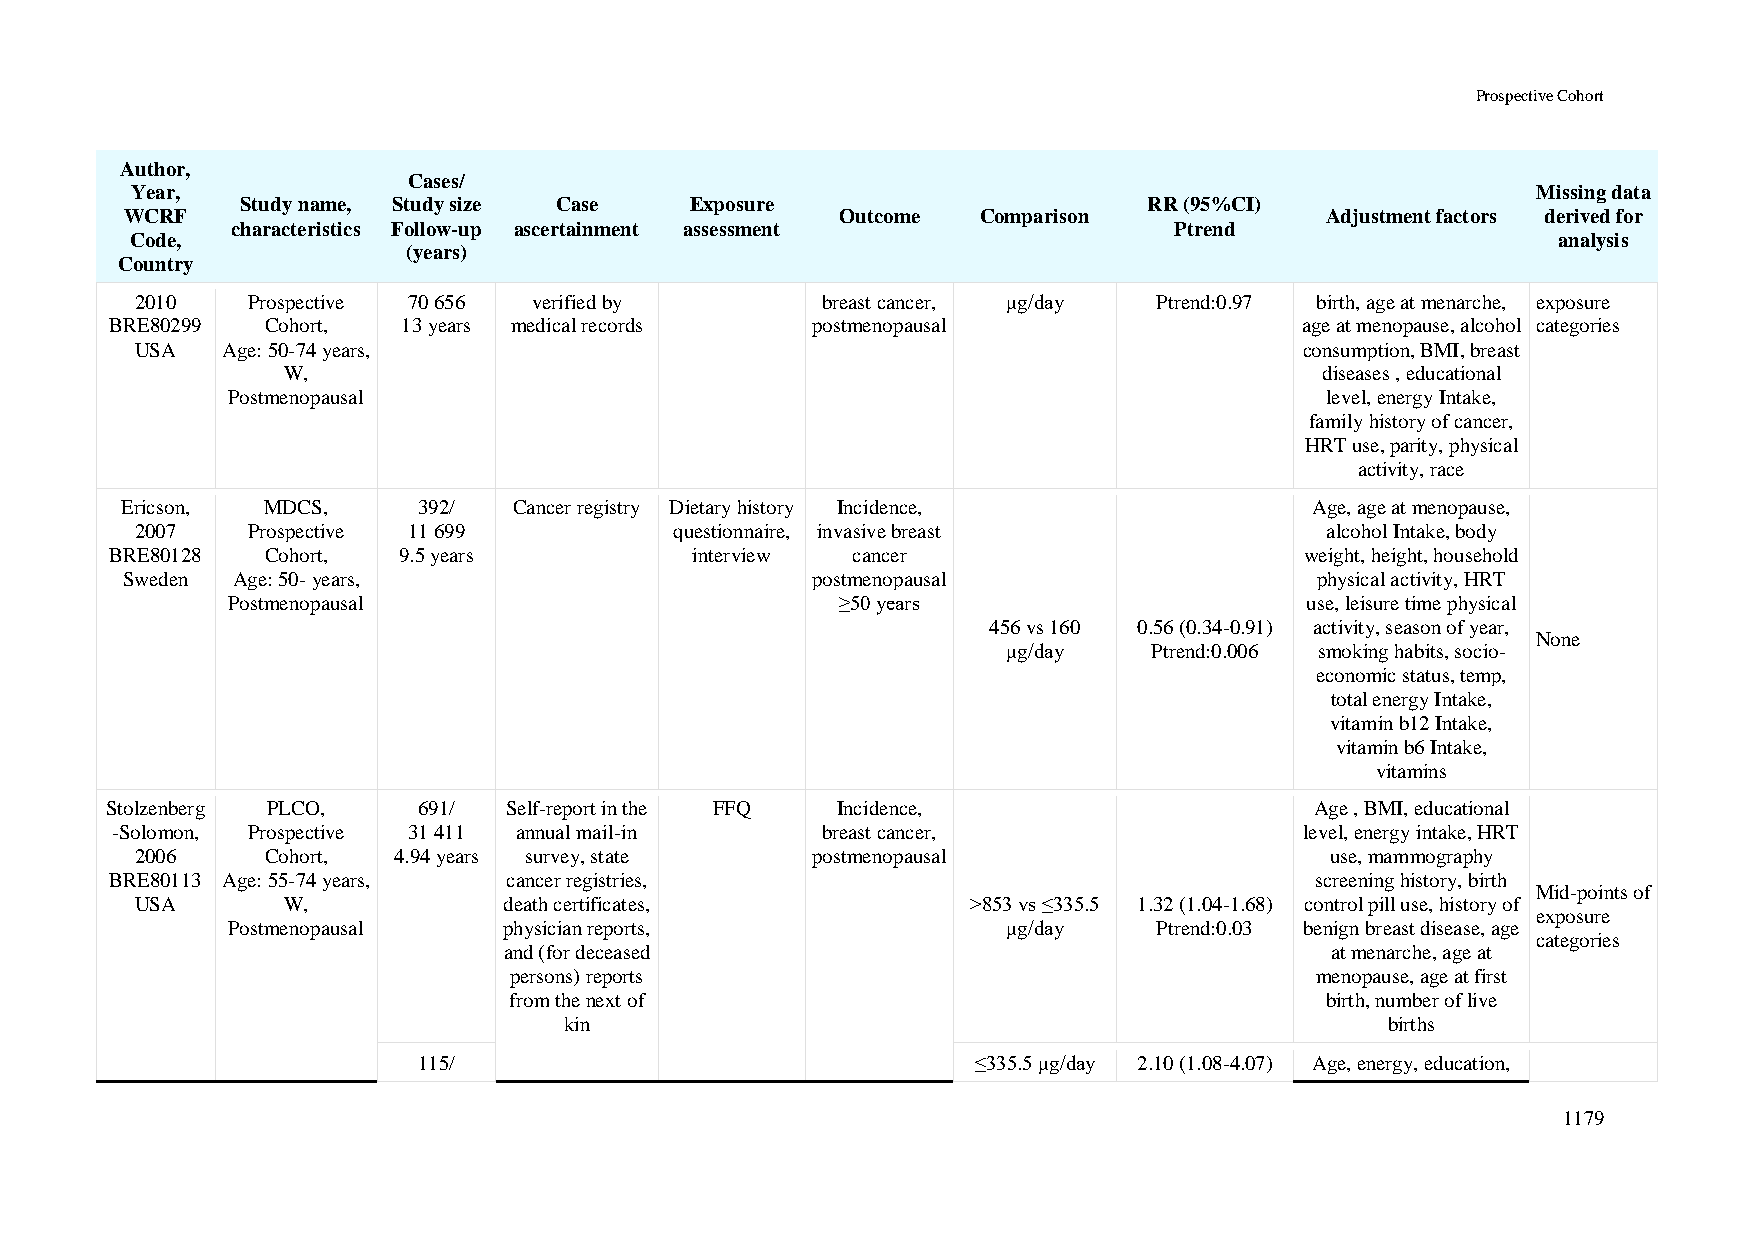
Prospective Cohort
 Author,
 Cases/
 Year,                                                                                        Missing data
 Study name, Study size Case   Exposure                      RR (95%CI)
 WCRF                                            Outcome  Comparison             Adjustment factors derived for
 characteristics Follow-up ascertainment assessment             Ptrend
 Code,                                                                                         analysis
 (years)
 Country
 2010   Prospective 70 656 verified by        breast cancer, μg/day  Ptrend:0.97 birth, age at menarche, exposure
 BRE80299   Cohort,  13 years medical records   postmenopausal                  age at menopause, alcohol categories
 USA   Age: 50-74 years,                                                      consumption, BMI, breast
 W,                                                                  diseases , educational
 Postmenopausal                                                           level, energy Intake,
 family history of cancer,
 HRT use, parity, physical
 activity, race
 Ericson, MDCS,      392/  Cancer registry Dietary history Incidence,           Age, age at menopause,
 2007   Prospective 11 699           questionnaire, invasive breast             alcohol Intake, body
 BRE80128   Cohort, 9.5 years           interview cancer                        weight, height, household
 Sweden Age: 50- years,                        postmenopausal                   physical activity, HRT
 Postmenopausal                           ≥50 years                     use, leisure time physical
 456 vs 160 0.56 (0.34-0.91) activity, season of year,
 None
 μg/day   Ptrend:0.006 smoking habits, socio-
 economic status, temp,
 total energy Intake,
 vitamin b12 Intake,
 vitamin b6 Intake,
 vitamins
 Stolzenberg PLCO,    691/ Self-report in the FFQ Incidence,                     Age , BMI, educational
 -Solomon, Prospective 31 411 annual mail-in    breast cancer,                  level, energy intake, HRT
 2006     Cohort, 4.94 years survey, state    postmenopausal                    use, mammography
 BRE80113 Age: 55-74 years, cancer registries,                                   screening history, birth
 Mid-points of
 USA       W,            death certificates,            >853 vs ≤335.5 1.32 (1.04-1.68) control pill use, history of
 exposure
 Postmenopausal    physician reports,                μg/day    Ptrend:0.03 benign breast disease, age
 categories
 and (for deceased                                      at menarche, age at
 persons) reports                                     menopause, age at first
 from the next of                                      birth, number of live
 kin                                                    births
 115/                                 ≤335.5 μg/day 2.10 (1.08-4.07) Age, energy, education,
 1179